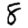
Digit: 8